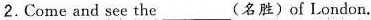
2.Come and see the___（名胜）of London.